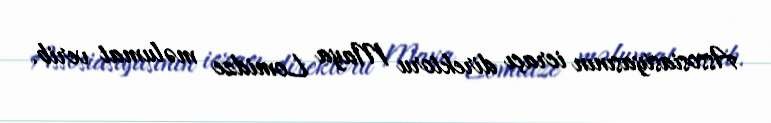
Assosiasiyasının icraçı direktoru Maya Lomidze məlumat verib.